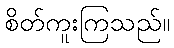
စိတ်ကူးကြသည်။